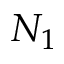
N _ { 1 }